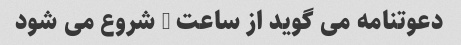
دعوتنامه می گوید از ساعت 8 شروع می شود